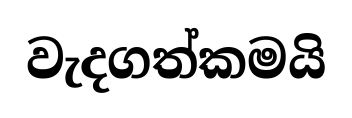
වැදගත්කමයි